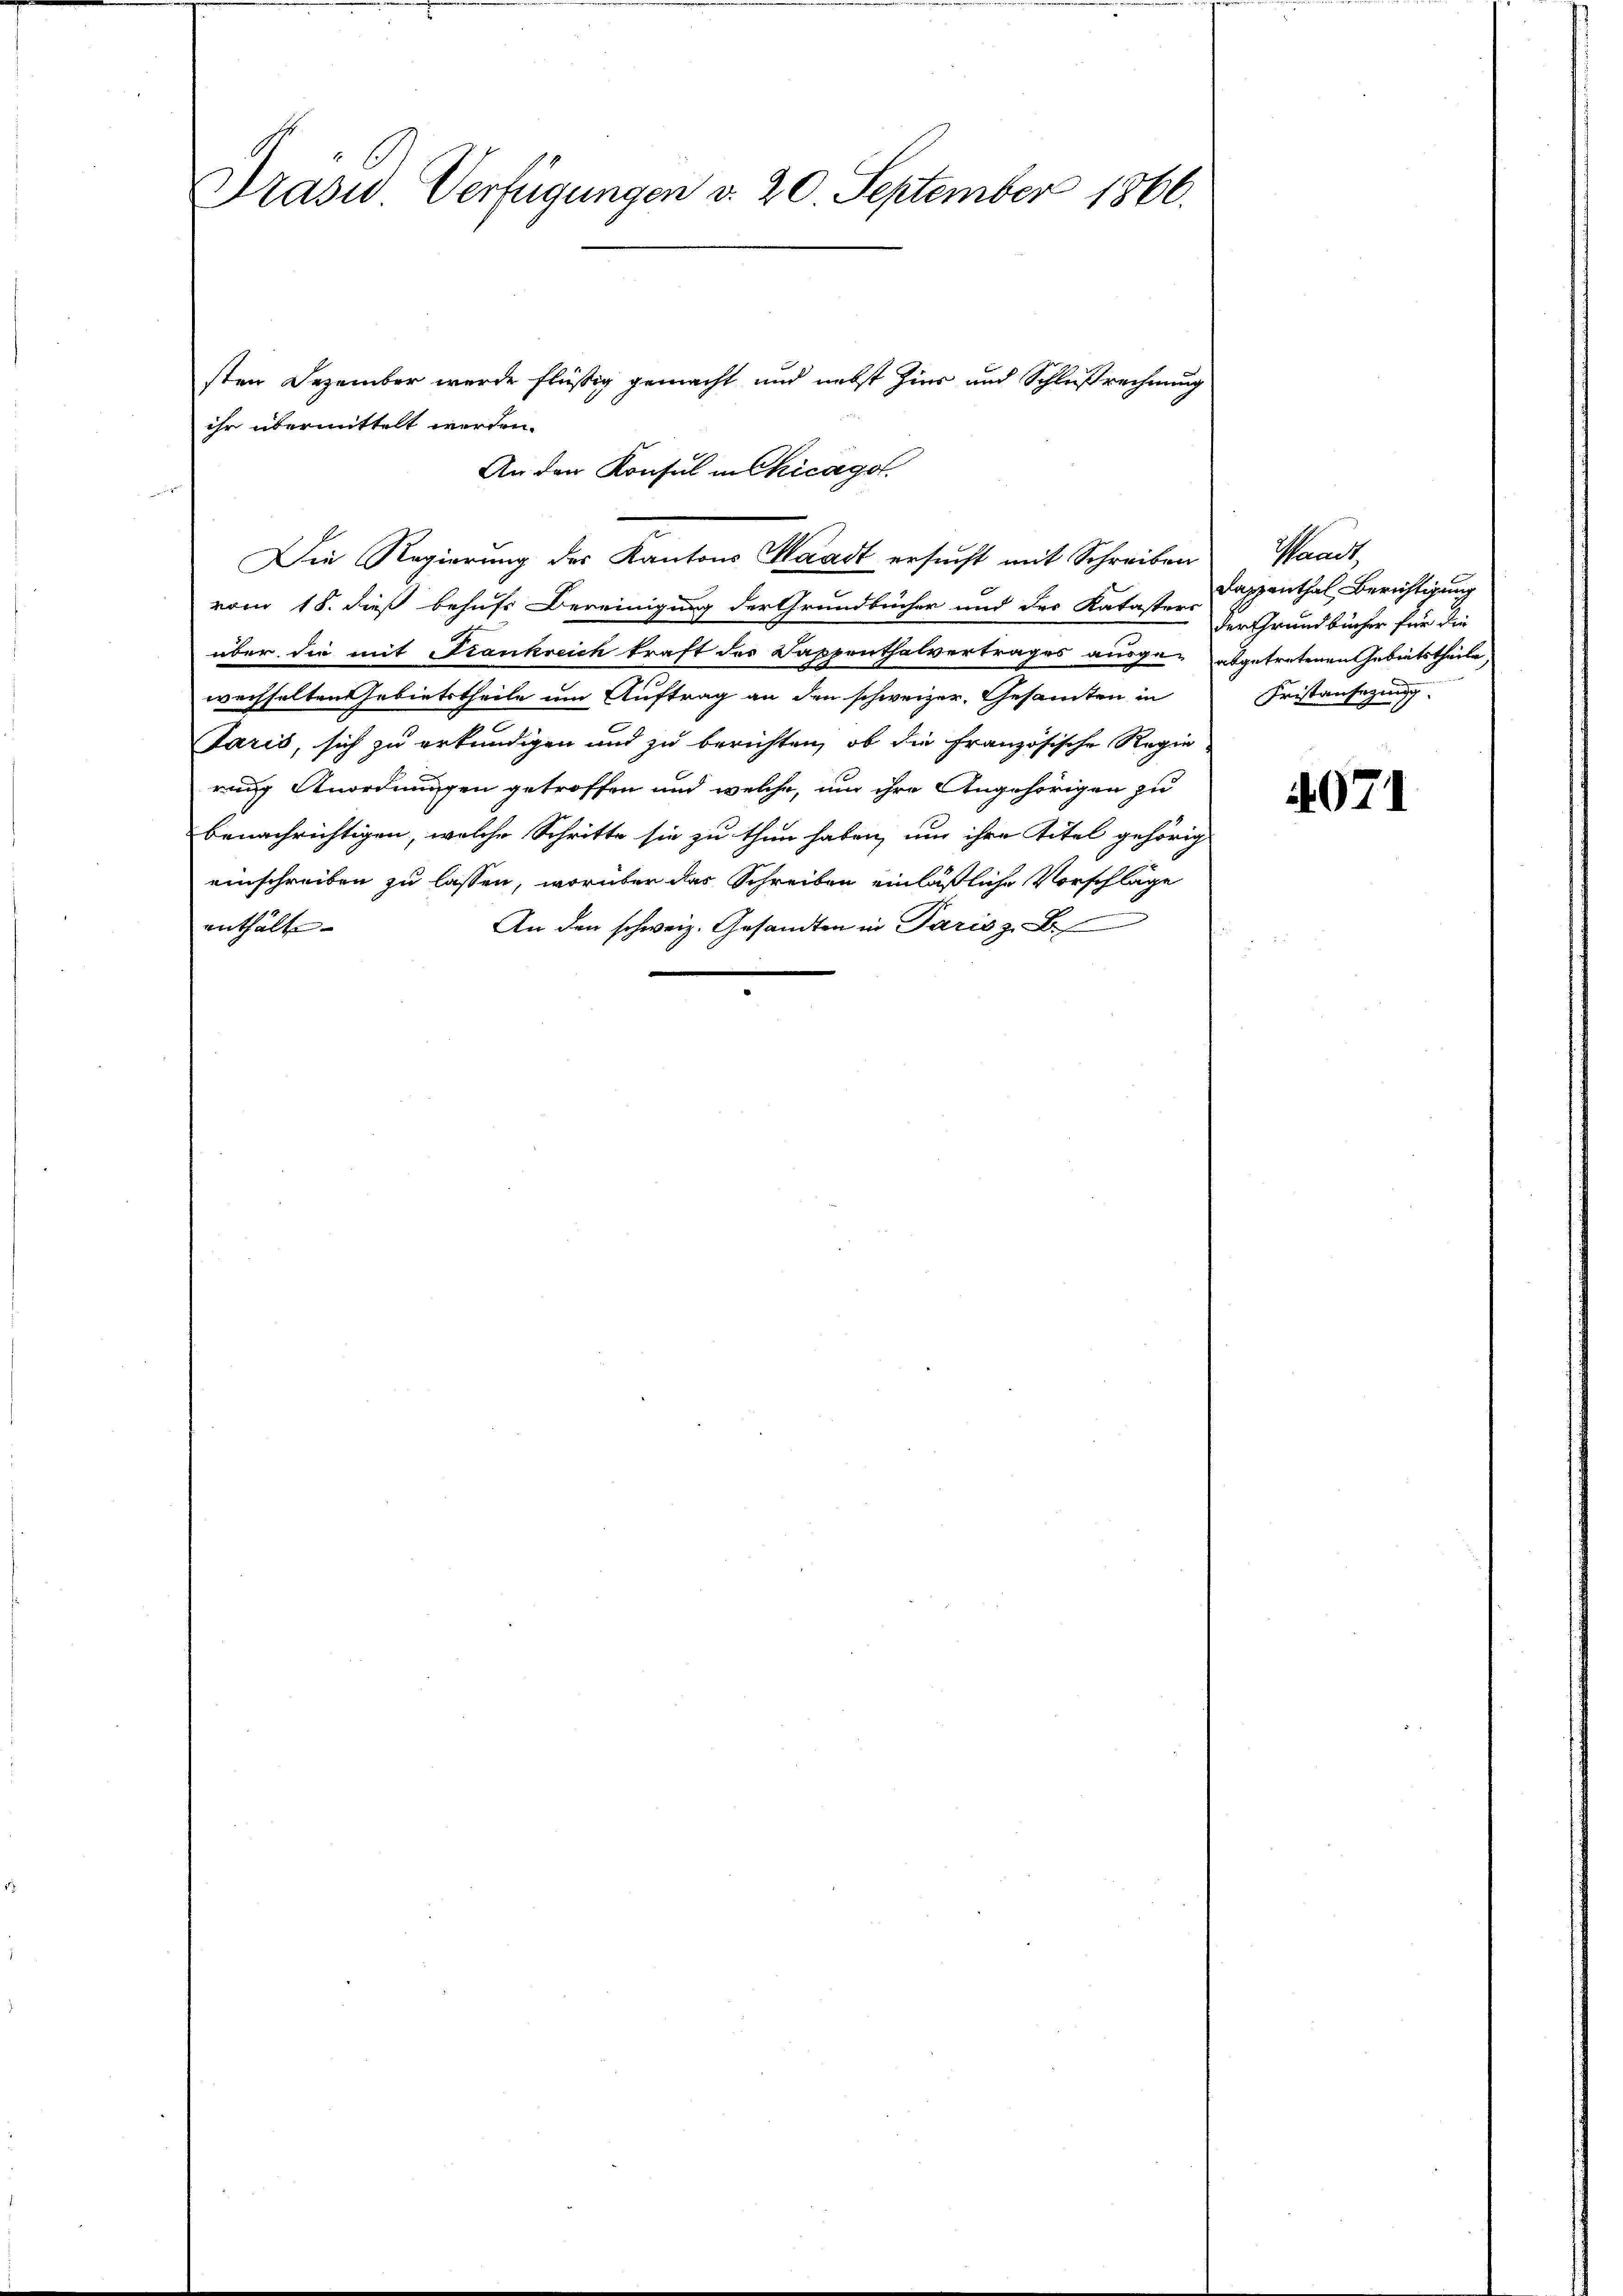
Präsid Verfügungen v. 20. September 1860.

ihr übermittelt werden.
vom 18. dieß behufs Bereinigung der Grundbücher und der Katasten Rappenthal Berichtigung
über die mit Frankreich kraft des Dappenthalvertrages ausge- abgetretenen Gebietstheile,
wechselten Gebietstheile um Auftrag an den schweizer, Gesamten in
Jaris, sich zu erkundigen und zu berichten, ob die französische Regie
rung Anordnungen getroffen und welche, um ihre Angehörigen zu
benachrichtigen, welche Schritte sie zu thun haben, um ihre Titel gehörig
einschreiben zu lassen, worüber das Schreiben einläßliche Vorschläge
An den schweiz. Gesandten in Paris z. B.
enthält. |

sten Dezember wurde flüßig gemacht und nebst Zins und Schlußrechnung
An den Konsul in Chicagot.
Die Regierung der Kantons Waadt ersucht mit Schreiben

Waadt
der Grundbücher für die
Fristansezung.

4071